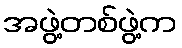
အဖွဲ့တစ်ဖွဲ့က